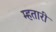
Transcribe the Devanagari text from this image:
म्हतारी